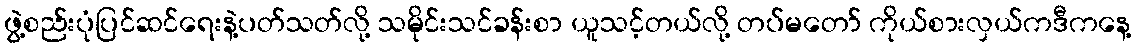
ဖွဲ့စည်းပုံပြင်ဆင်ရေးနဲ့ပတ်သတ်လို့ သမိုင်းသင်ခန်းစာ ယူသင့်တယ်လို့ တပ်မတော် ကိုယ်စားလှယ်ကဒီကနေ့